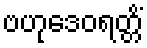
ဗဟုဒေဝရတ္တိံ